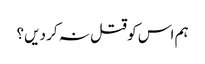
ہم اس کو قتل نہ کر دیں؟